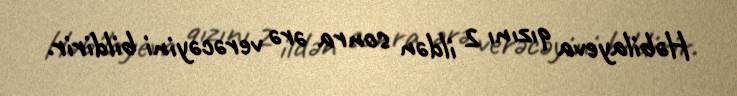
Həbilayeva qızını 2 ildən sonra ərə verəcəyini bildirir.